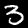
Label: 3